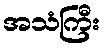
အသံကြီး